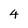
Character: 4